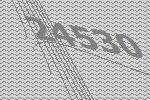
24530